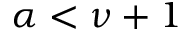
\alpha < \nu + 1